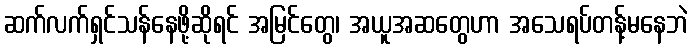
ဆက်လက်ရှင်သန်နေဖို့ဆိုရင် အမြင်တွေ၊ အယူအဆတွေဟာ အသေရပ်တန့်မနေဘဲ